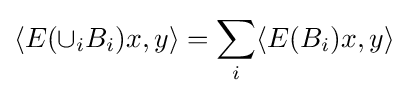
\langle E(\cup _{i}B_{i})x,y\rangle =\sum _{i}\langle E(B_{i})x,y\rangle